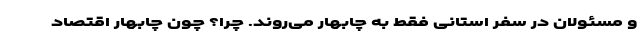
و مسئولان در سفر استانی فقط به چابهار می‌روند. چرا؟ چون چابهار اقتصاد